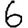
Digit: 6